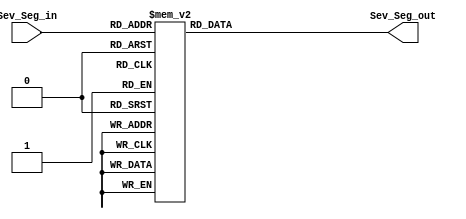
module Seven_segment
	(
		input [3:0] Sev_Seg_in,
		output reg [6:0] Sev_Seg_out
	);

	always @(*)
	begin 
		case (Sev_Seg_in)
			0: Sev_Seg_out = 7'b1000000;
			1: Sev_Seg_out = 7'b1111001;
			2: Sev_Seg_out = 7'b0100100;
			3: Sev_Seg_out = 7'b0110000;
			4: Sev_Seg_out = 7'b0011001;
			5: Sev_Seg_out = 7'b0010010;
			6: Sev_Seg_out = 7'b0000010;
			7: Sev_Seg_out = 7'b1110000;
			8: Sev_Seg_out = 7'b0000000;
			9: Sev_Seg_out = 7'b0010000;
			default : Sev_Seg_out = 7'b1000000;
		endcase
	end

endmodule // Seven_segment